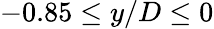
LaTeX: -0.85\leq y/D\leq 0